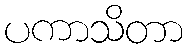
ပကာသိတာ